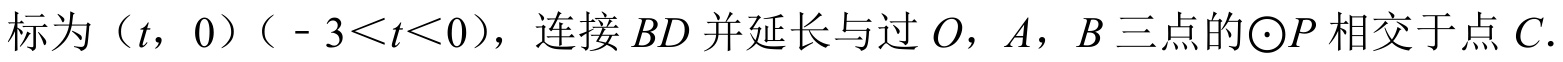
标为\((t,0)\)（\(- 3<t<0\)），连接\(BD\)并延长与过\(O\)，\(A\)，\(B\)三点的\(\odot P\)相交于点\(C\).